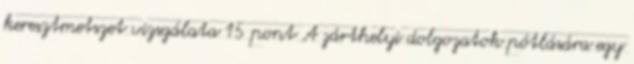
keresztmetszet vizsgálata 15 pont A zárthelyi dolgozatok pótlására egy